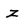
Character: z